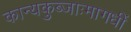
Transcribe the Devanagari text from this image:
कान्यकुब्जाःमागधीं